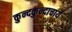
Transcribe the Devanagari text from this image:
कुन्दकुन्दाचार्य